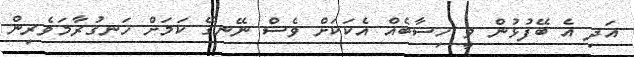
އަދި އެ ބޭފުޅުން ވީ ހިސާބެއް އެކަކަށް ވެސް ނޭނގޭ ކަމަށް ހަނގުރާމަވެރިން